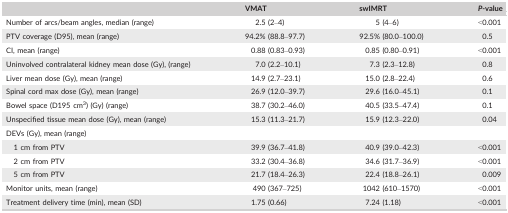
<table><thead><tr><td></td><td><b>VMAT</b></td><td><b>swIMRT</b></td><td><b><i>P</i>‐value</b></td></tr></thead><tbody><tr><td>Number of arcs/beam angles, median (range)</td><td>2.5 (2–4)</td><td>5 (4–6)</td><td>&lt;0.001</td></tr><tr><td>PTV coverage (D95), mean (range)</td><td>94.2% (88.8–97.7)</td><td>92.5% (80.0–100.0)</td><td>0.5</td></tr><tr><td>CI, mean (range)</td><td>0.88 (0.83–0.93)</td><td>0.85 (0.80–0.91)</td><td>&lt;0.001</td></tr><tr><td>Uninvolved contralateral kidney mean dose (Gy), (range)</td><td>7.0 (2.2–10.1)</td><td>7.3 (2.3–12.8)</td><td>0.8</td></tr><tr><td>Liver mean dose (Gy), mean (range)</td><td>14.9 (2.7–23.1)</td><td>15.0 (2.8–22.4)</td><td>0.6</td></tr><tr><td>Spinal cord max dose (Gy), mean (range)</td><td>26.9 (12.0–39.7)</td><td>29.6 (16.0–45.1)</td><td>0.1</td></tr><tr><td>Bowel space (D195 cm<sup>3</sup>) (Gy) (range)</td><td>38.7 (30.2–46.0)</td><td>40.5 (33.5–47.4)</td><td>0.1</td></tr><tr><td>Unspecified tissue mean dose (Gy), mean (range)</td><td>15.3 (11.3–21.7)</td><td>15.9 (12.3–22.0)</td><td>0.04</td></tr><tr><td colspan="4">DEVs (Gy), mean (range)</td></tr><tr><td>1 cm from PTV</td><td>39.9 (36.7–41.8)</td><td>40.9 (39.0–42.3)</td><td>&lt;0.001</td></tr><tr><td>2 cm from PTV</td><td>33.2 (30.4–36.8)</td><td>34.6 (31.7–36.9)</td><td>&lt;0.001</td></tr><tr><td>5 cm from PTV</td><td>21.7 (18.4–26.3)</td><td>22.4 (18.8–26.1)</td><td>0.009</td></tr><tr><td>Monitor units, mean (range)</td><td>490 (367–725)</td><td>1042 (610–1570)</td><td>&lt;0.001</td></tr><tr><td>Treatment delivery time (min), mean (SD)</td><td>1.75 (0.66)</td><td>7.24 (1.18)</td><td>&lt;0.001</td></tr></tbody></table>